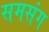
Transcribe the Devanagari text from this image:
समसंग